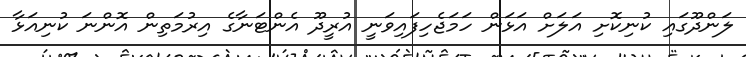
ލަންދޫގައި ކުނިކޮށި އަލަށް އަޅަން ހަމަޖެހިފައިވަނީ އުރީދޫ އެންޓަނާގެ އިރުމަތިން އޮންނަ ކުނިއަޅާ